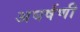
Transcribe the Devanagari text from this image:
अघर्षणी